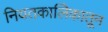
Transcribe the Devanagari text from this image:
नियतकालिेकातून